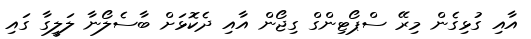
އާއި ގުޅިގެން މިރޭ ސްޕޯޓިންގް ގިޖޯން އާއި ދެކޮޅަށް ބާސެލޯނާ ލަލީގާ ގައި